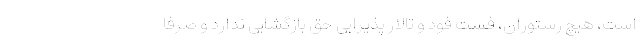
است، هیچ رستوران، فست فود و تالار پذیرایی حق بازگشایی ندارد و صرفاً